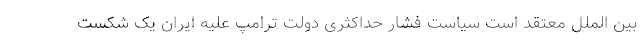
بین الملل معتقد است سیاست فشار حداکثری دولت ترامپ علیه ایران یک شکست